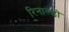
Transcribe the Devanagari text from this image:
रिनाल्डो